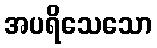
အပရိသေသော